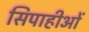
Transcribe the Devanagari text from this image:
सिपाहीओं